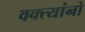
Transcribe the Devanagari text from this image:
वक्त्यांनो